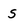
Character: S